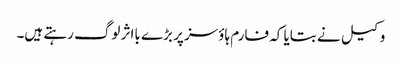
وکیل نے بتایا کہ فارم ہاؤسز پر بڑے بااثر لوگ رہتے ہیں۔